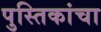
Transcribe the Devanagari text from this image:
पुस्तिकांचा